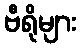
ဗီရိုများ